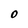
Character: O